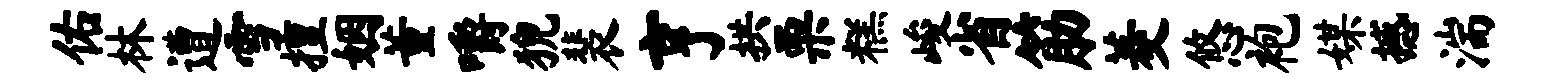
佑林遭雪擅姻董嚼猊裴亨拱栗糕峻省筋菱悠袍媒撼湍